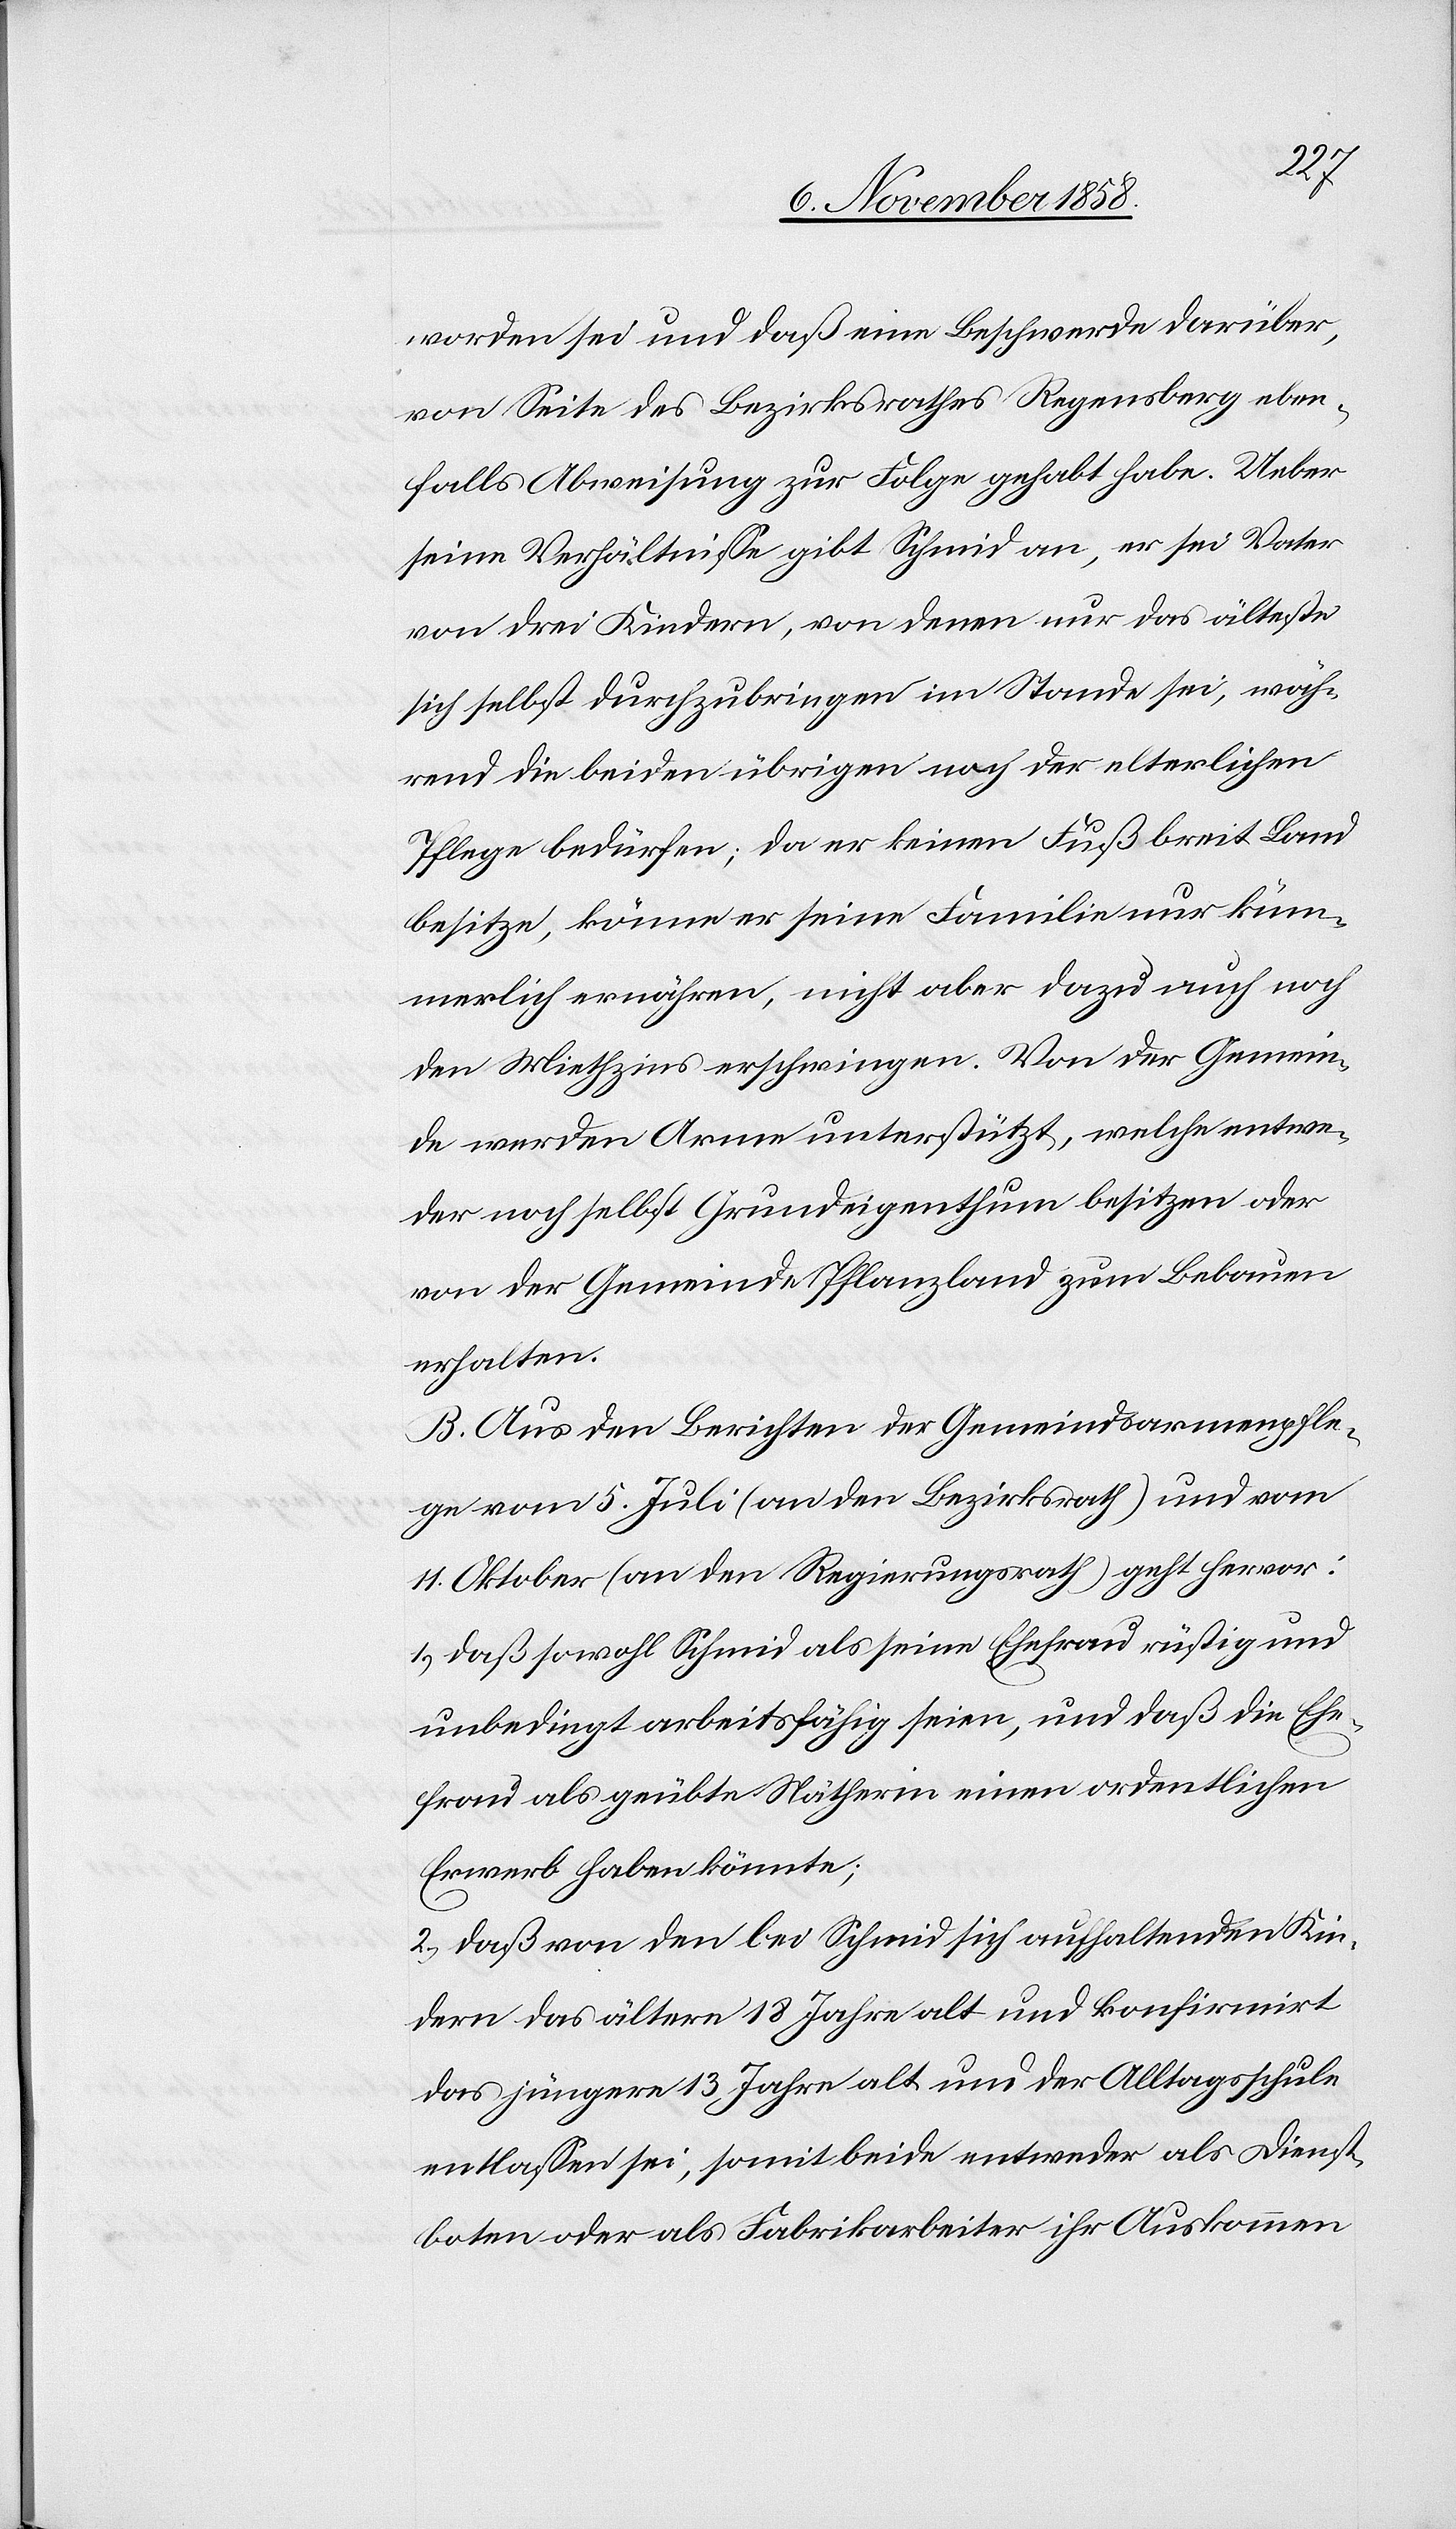
worden sei und daß eine Beschwerde darüber,
von Seite des Bezirksrathes Regensberg eben¬
falls Abweisung zur Folge gehabt habe. Ueber
seine Verhältnisse gibt Schmid an, er sei Vater
von drei Kindern, von denen nur das älteste
sich selbst durchzubringen im Stande sei, wäh¬
rend die beiden übrigen noch der elterlichen
Pflege bedürfen; da er keinen Fuß breit Land
besitze, könne er seine Familie nur küm¬
merlich ernähren, nicht aber dazu auch noch
den Miethzins erschwingen. Von der Gemein¬
de werden Arme unterstützt, welche entwe¬
der noch selbst Grundeigenthum besitzen oder
von der Gemeinde Pflanzland zum Bebauen
erhalten.
B. Aus den Berichten der Gemeindsarmenpfle¬
ge vom 5. Juli (an den Bezirksrath) und vom
11. Oktober ( an den Regierungsrath) geht hervor:
1.) daß sowohl Schmid als seine Ehefrau rüstig und
unbedingt arbeitsfähig seien, und daß die Ehe¬
frau als geübte Nätherin einen ordentlichen
Erwerb haben könnte;
2.) daß von den bei Schmid sich aufhaltenden Kin¬
dern das ältere 18 Jahre alt und konfirmirt
das jüngere 13 Jahre alt und der Alltagsschule
entlassen sei, somit beide entweder als Dienst¬
boten oder als Fabrikarbeiter ihr Auskommen